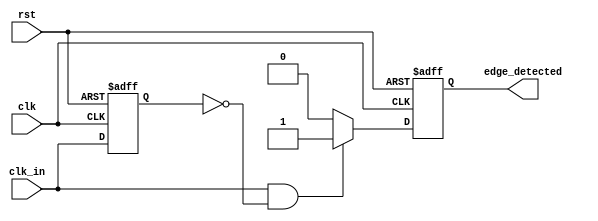
module rising_edge_detector (
    input wire clk,           // Clock signal
    input wire rst,           // Reset signal
    input wire clk_in,        // Input signal to detect rising edge
    output reg edge_detected   // Output signal indicating rising edge detection
);

    reg clk_in_prev;          // Previous state register for clk_in

    always @(posedge clk or posedge rst) begin
        if (rst) begin
            clk_in_prev <= 1'b0; // Reset previous state
            edge_detected <= 1'b0; // Reset edge detected signal
        end else begin
            // Update the edge_detected output
            edge_detected <= (clk_in == 1'b1 && clk_in_prev == 1'b0) ? 1'b1 : 1'b0;
            // Update previous state to current state
            clk_in_prev <= clk_in;
        end
    end

endmodule